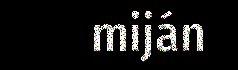
miján